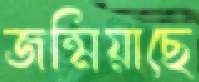
জন্মিয়াছে